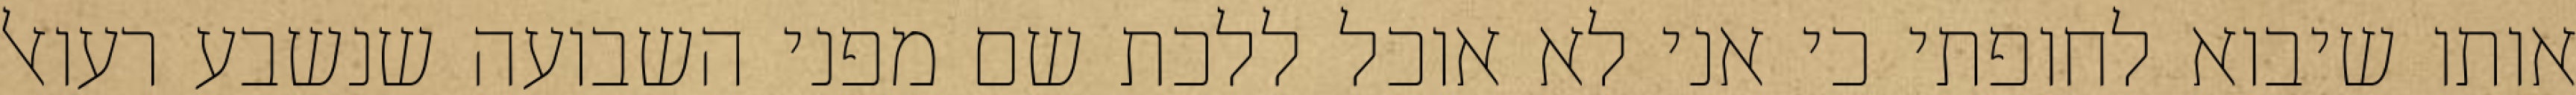
אותו שיבוא לחופתי כי אני לא אוכל ללכת שם מפני השבועה שנשבע רעואל